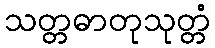
သတ္တဓာတုသုတ္တံ